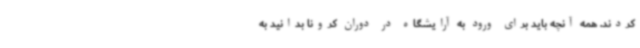
کردند. همه آنچه باید برای ورود به آرایشگاه در دوران کرونا بدانید به